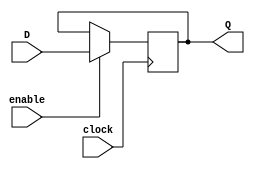
module gated_d_latch(
    input D,
    input enable,
    input clock,
    output reg Q
);

always @(posedge clock) begin
    if (enable)
        Q <= D;
end

endmodule